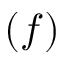
( f )